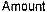
AMOUNT